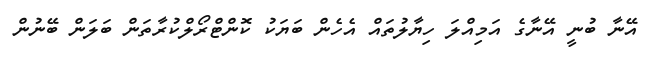
އޭނާ ބުނީ އޭނާގެ އަމިއްލަ ހިޔާލުތައް އެހެން ބަޔަކު ކޮންޓްރޯލްކުރާތަން ބަލަން ބޭނުން